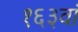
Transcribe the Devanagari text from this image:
१६३वां